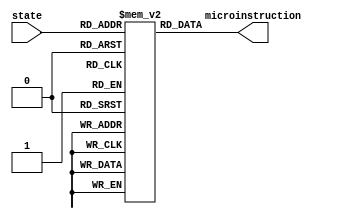
module microcode (output [3:0]microinstruction, input [3:0]state);

    wire [3:0]microinstruction ;
    reg [3:0]microcode_rom[15:0];
    initial begin
		microcode_rom[0]=0;
		microcode_rom[1]=0;
		microcode_rom[2]=0;
		microcode_rom[3]=1;
		microcode_rom[4]=3;
		microcode_rom[5]=3;
		microcode_rom[6]=0;
		microcode_rom[7]=0;
		microcode_rom[8]=0;
		microcode_rom[9]=0;
		microcode_rom[10]=2;
		microcode_rom[11]=4;
		microcode_rom[12]=4;
		
		
	end
    
    assign microinstruction=microcode_rom[state];
    
    
endmodule